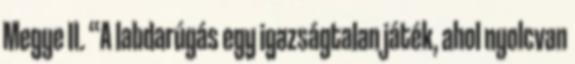
Megye II. “A labdarúgás egy igazságtalan játék, ahol nyolcvan